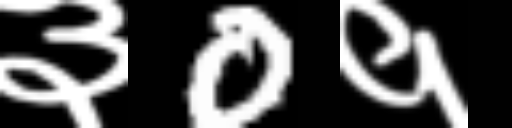
Text: ३0१